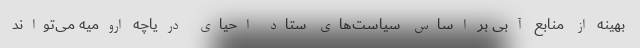
بهینه از منابع آبی بر اساس سیاست‌های ستاد احیای دریاچه ارومیه می‌تواند